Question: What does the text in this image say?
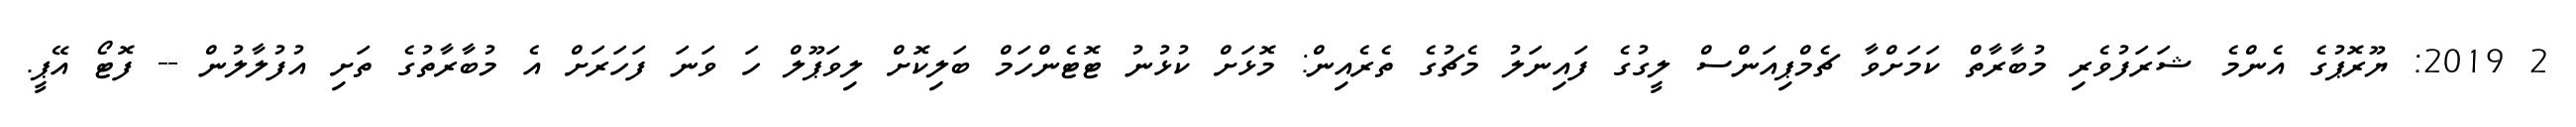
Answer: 2 2019: ޔޫރޮޕުގެ އެންމެ ޝަރަފުވެރި މުބާރާތް ކަމަށްވާ ޗެމްޕިއަންސް ލީގުގެ ފައިނަލު މެޗުގެ ތެރެއިން: މޮޅަށް ކުޅުނު ޓޮޓެންހަމް ބަލިކޮށް ލިވަޕޫލް ހަ ވަނަ ފަހަރަށް އެ މުބާރާތުގެ ތަށި އުފުލާލުން -- ފޮޓޯ އޭޕީ.